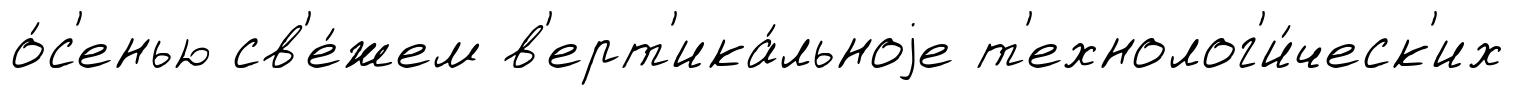
о́с'енью св'е́жем в'ерт'ика́льноjе т'ехнолог'и́ческ'их